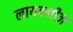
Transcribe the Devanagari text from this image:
लायबनीज़